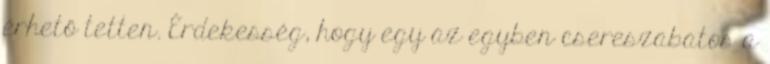
érhető tetten. Érdekesség, hogy egy az egyben csereszabatos a